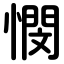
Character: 憫